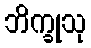
ဘိက္ခုသု